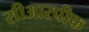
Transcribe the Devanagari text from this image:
सीआरपीफ